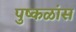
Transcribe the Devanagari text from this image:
पुष्कळांस